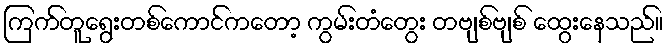
ကြက်တူရွေးတစ်ကောင်ကတော့ ကွမ်းတံတွေး တဗျစ်ဗျစ် ထွေးနေသည်။